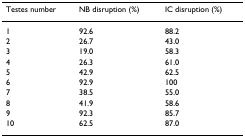
<table><thead><tr><td><b>Testes number</b></td><td><b>NB disruption (%)</b></td><td><b>IC disruption (%)</b></td></tr></thead><tbody><tr><td>1</td><td>92.6</td><td>88.2</td></tr><tr><td>2</td><td>26.7</td><td>43.0</td></tr><tr><td>3</td><td>19.0</td><td>58.3</td></tr><tr><td>4</td><td>26.3</td><td>61.0</td></tr><tr><td>5</td><td>42.9</td><td>62.5</td></tr><tr><td>6</td><td>92.9</td><td>100</td></tr><tr><td>7</td><td>38.5</td><td>55.0</td></tr><tr><td>8</td><td>41.9</td><td>58.6</td></tr><tr><td>9</td><td>92.3</td><td>85.7</td></tr><tr><td>10</td><td>62.5</td><td>87.0</td></tr></tbody></table>